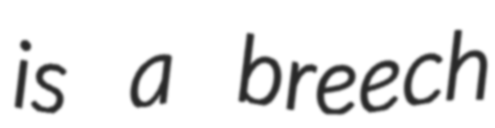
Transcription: is a breech